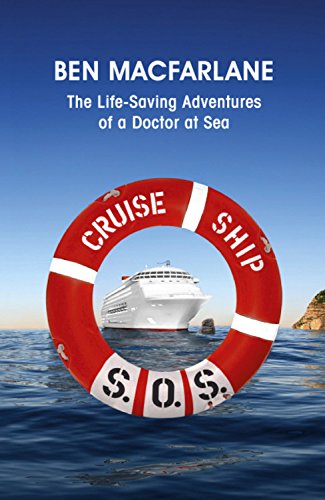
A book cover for Cruise Ship S.O.S.: The Life-Saving Adventures of a Doctor at Sea; Ben MacFarlane; Travel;